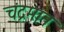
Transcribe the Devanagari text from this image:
चंद्रमान